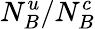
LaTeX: N_{B}^{u}/N_{B}^{c}